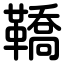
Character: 鞽